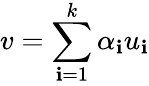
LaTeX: v=\sum_{\mathbf{i}=1}^{k}\alpha_{\mathbf{i}}u_{\mathbf{i}}